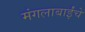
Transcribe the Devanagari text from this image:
मंगलाबाईंचे